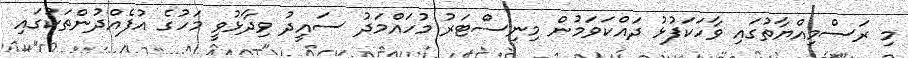
މި ރަސްމިއްޔާތުގައި ވާހަކަފުޅު ދައްކަވަމުން މިނިސްޓަރު މުހައްމަދު ސައީދު ވިދާޅުވީ މަހުގެ އުފެއްދުންތަކުގައި